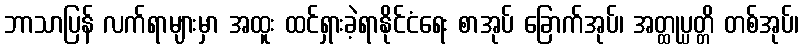
ဘာသာပြန် လက်ရာများမှာ အထူး ထင်ရှားခဲ့ရာနိုင်ငံရေး စာအုပ် ခြောက်အုပ်၊ အတ္ထုပ္ပတ္တိ တစ်အုပ်၊